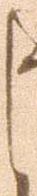
く